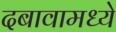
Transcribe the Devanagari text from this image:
दबावामध्ये